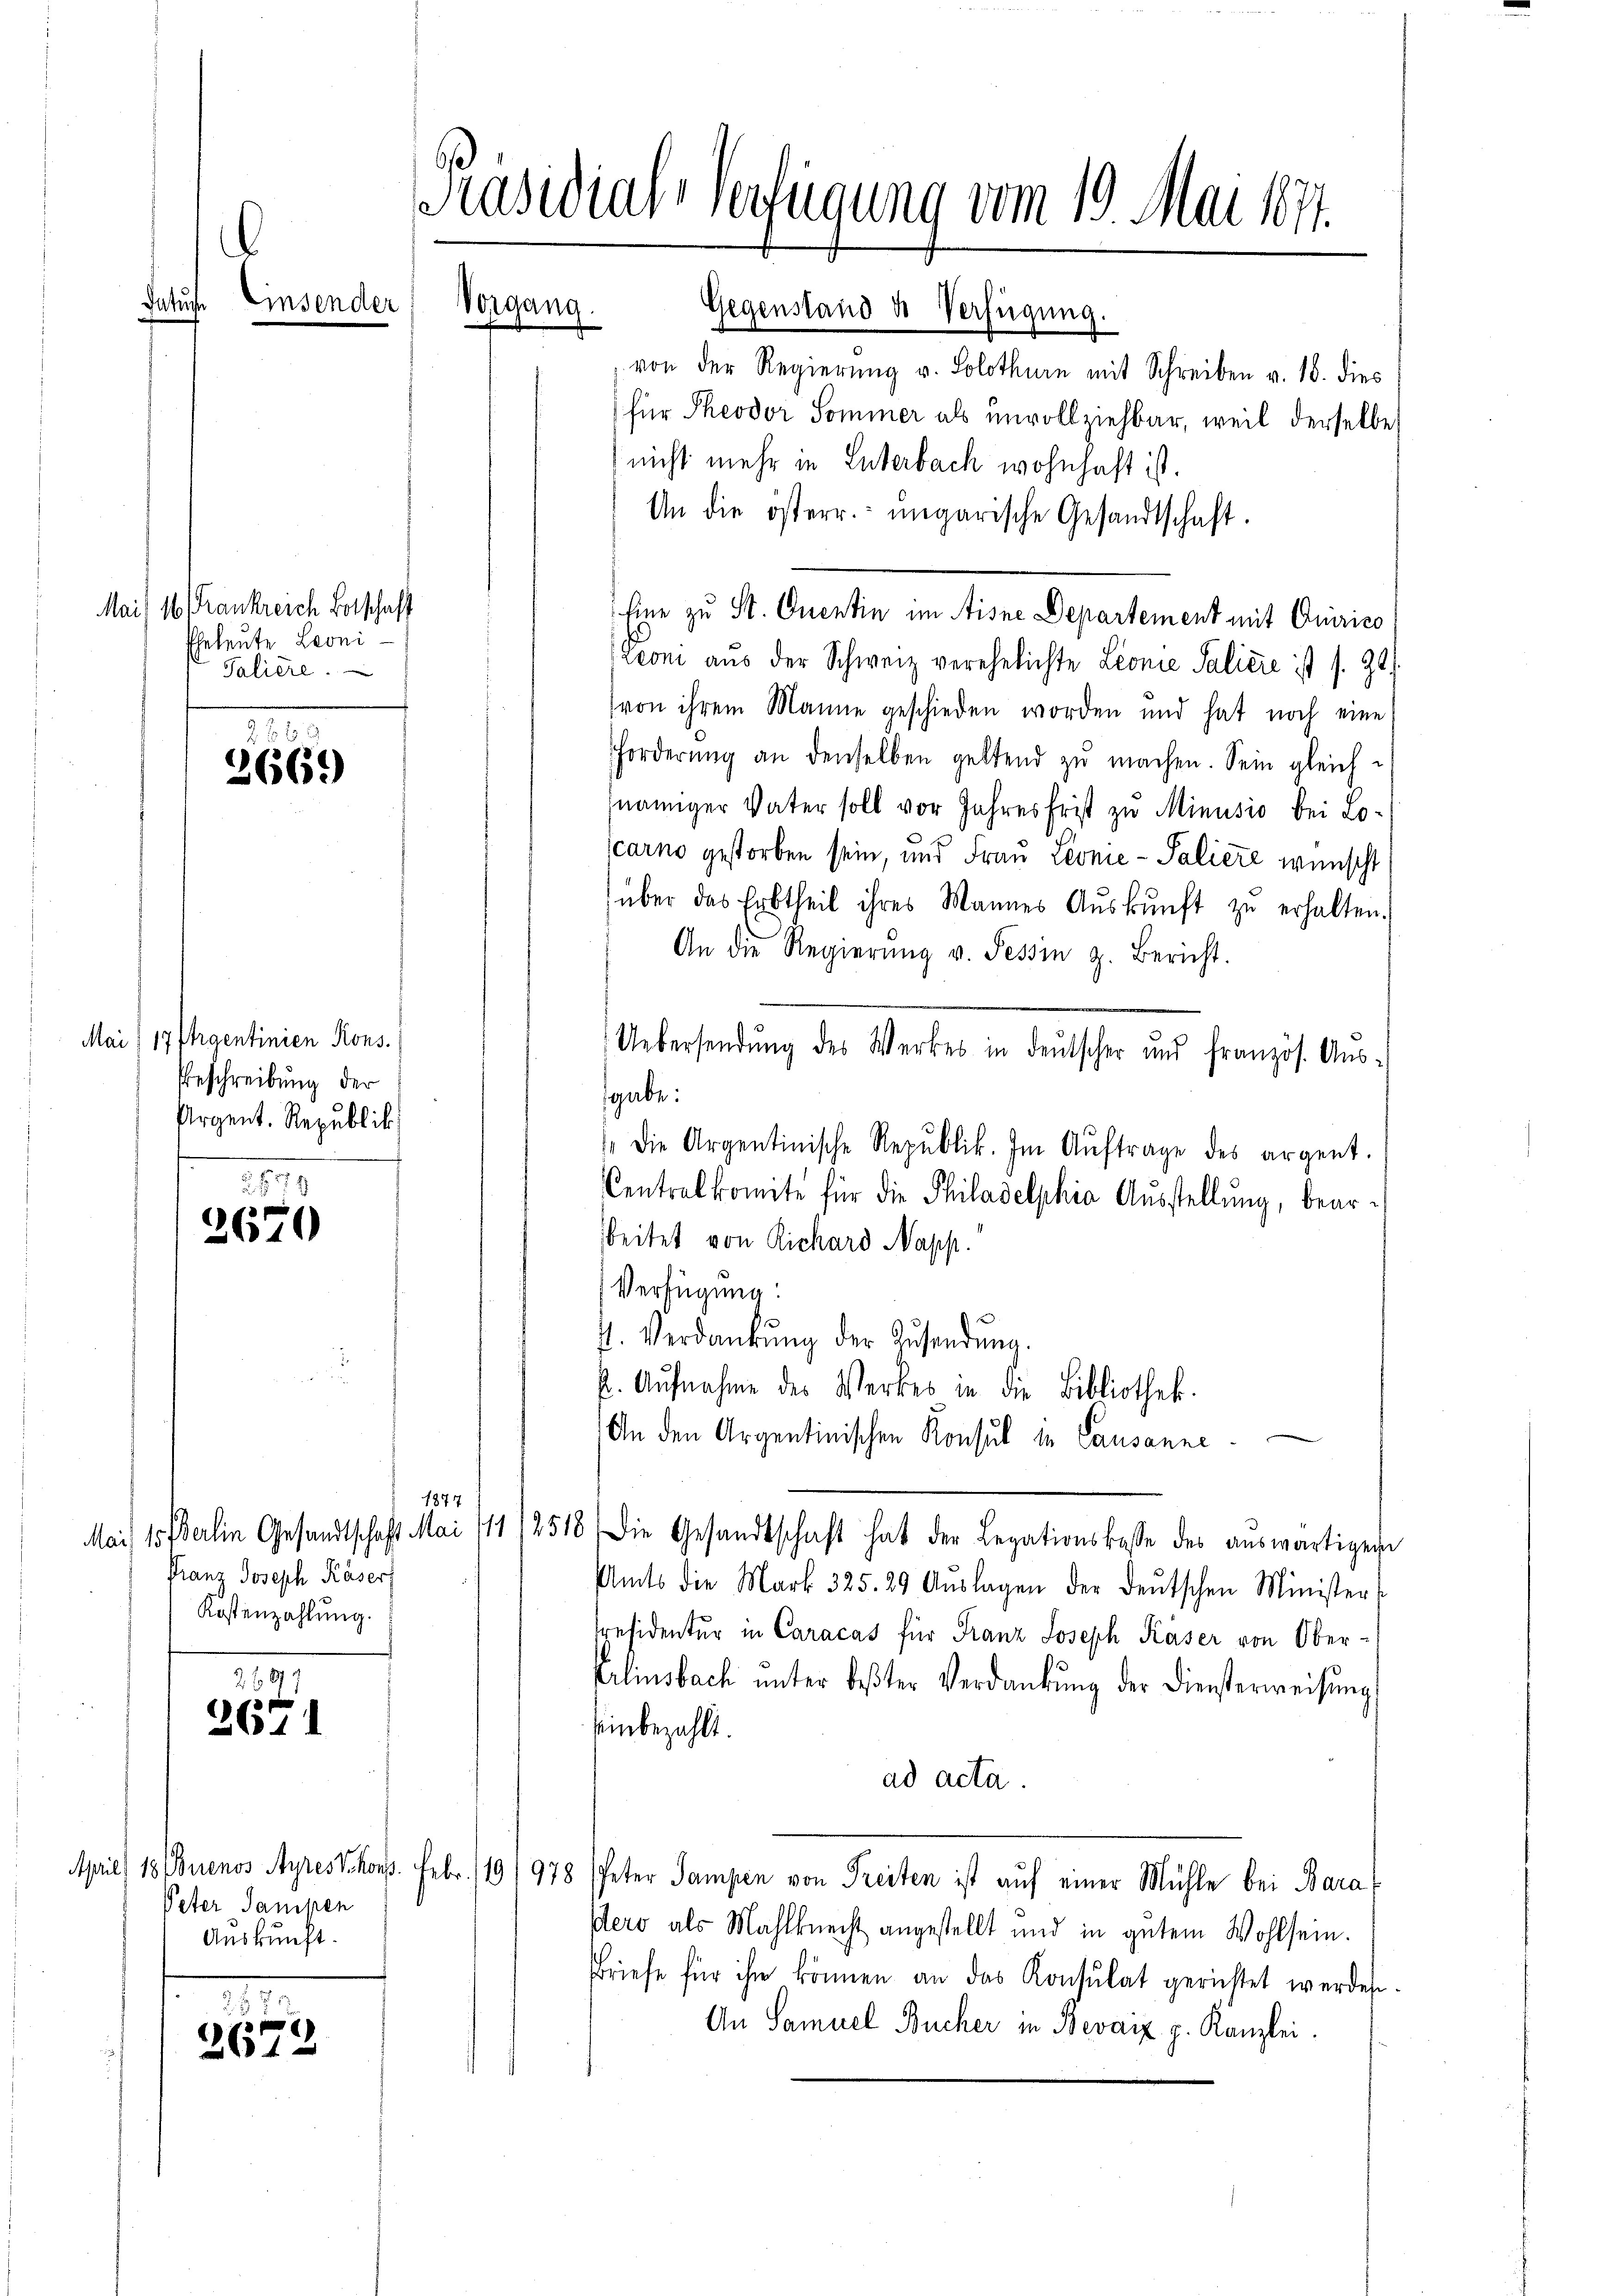
atuche

Mai) 16 (Frankreich Botschaft
Ehrleute Leoni
Saliere.

2669)

Mai) 17 Phraentinien Kons.
Beschreibung der
Argent. Republik

26
2670

1877
Franz Joseph Käser,
Kostenzahlung.

297
2671

Peter Sampen
Auskunft.

s
2612

be

Präsidialverfügung vom 19. Mai 1871.
Vorgang.
Gegenstand & Verfügung.

von der Regierung v. Solothurn mit Schreiben v. 18. dies
für Theodor Sommer als unvollziehbar, weil derselbe
nicht mehr in Luterbach wohnhaft ist.
An die österr. ungarische Gesandtschaft.
Leoni aus der Schweiz verehelichte Lionie Salicie ist s. Zt.
(von ihrem Manne geschieden worden und hat noch eine
Forderŭng an denselben geltend zŭ machen. Sein gleichnamiger Vater soll vor Jahresfrist zu Minusio bei Lo-
carno gestorben sein, und Frau Leonie - Saliere wünscht
über das Erbtheil ihres Mannes Aŭskŭnft zŭ erhalten.
An die Regierŭng v. Tessin z. Bericht.
Uebersendung des Werkes in deutscher und französ. Aus-
sgabe:
 Die Argentinische Republik. Im Aŭftrage des argent.
Centralkomite für die Philadelphia Ausstellung, bearsbeitet von Richard Napp.
Verfügung:
t. Verdankŭng der Zŭsendŭng.
p. Aŭfnahme des Werkes in die Bibliothek.
An den Argentinischen Konsul in Lausanne
Mai 15 derlin Gesandtschaft Mai 111/2518 die Gesandtschaft hat der Legationskasse des aŭswärtigen
Amts die Mark. 325. 29 Aŭslagen der deutschen Minister-
spesidenter in Caracas für Franz Joseph Käser von Ober¬
Erlinsbach ŭnter bester Verdankŭng der Diensterweisŭng
Einbezahlt.
ad acta.
April 18/Buenos Ayrestkorp. Febr. 119/978 Peter Sampen von Freiten ist auf einer Mühle bei Bara
Pero als Mahlknecht angestellt und in gutem Wohlsein.
Briefe für ihr können an das Konsulat gerichtet werden.
An Samuel Bucher in Bevaiz p. Kanzlei.

Eine zu St. Ouentin im Aisne Departement mit Quirico